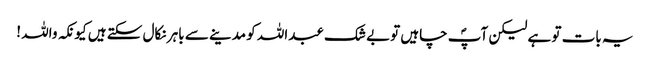
یہ بات تو ہے لیکن آپؐ چاہیں توبے شک عبداللہ کو مدینے سے باہر نکال سکتے ہیں کیونکہ واللہ !